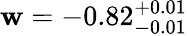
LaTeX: \mathbf{w}=-0.82_{-0.01}^{+0.01}